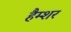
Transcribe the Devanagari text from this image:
हैम्शर